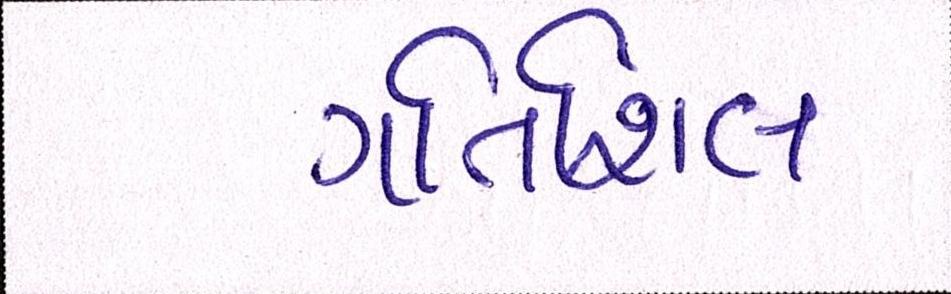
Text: ગતિશિલ